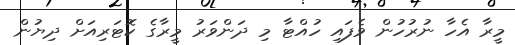
މީރާ އެހާ ނުރުހުން ވެފައި ހުއްޓާ މި ދަންވަރު މީރާގެ ކޮޓަރިއަށް ދިޔުން